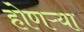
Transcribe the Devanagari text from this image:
होणऱ्या